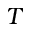
T